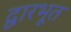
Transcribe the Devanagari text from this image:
द्वारभूत